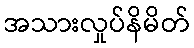
အသားလှုပ်နိမိတ်